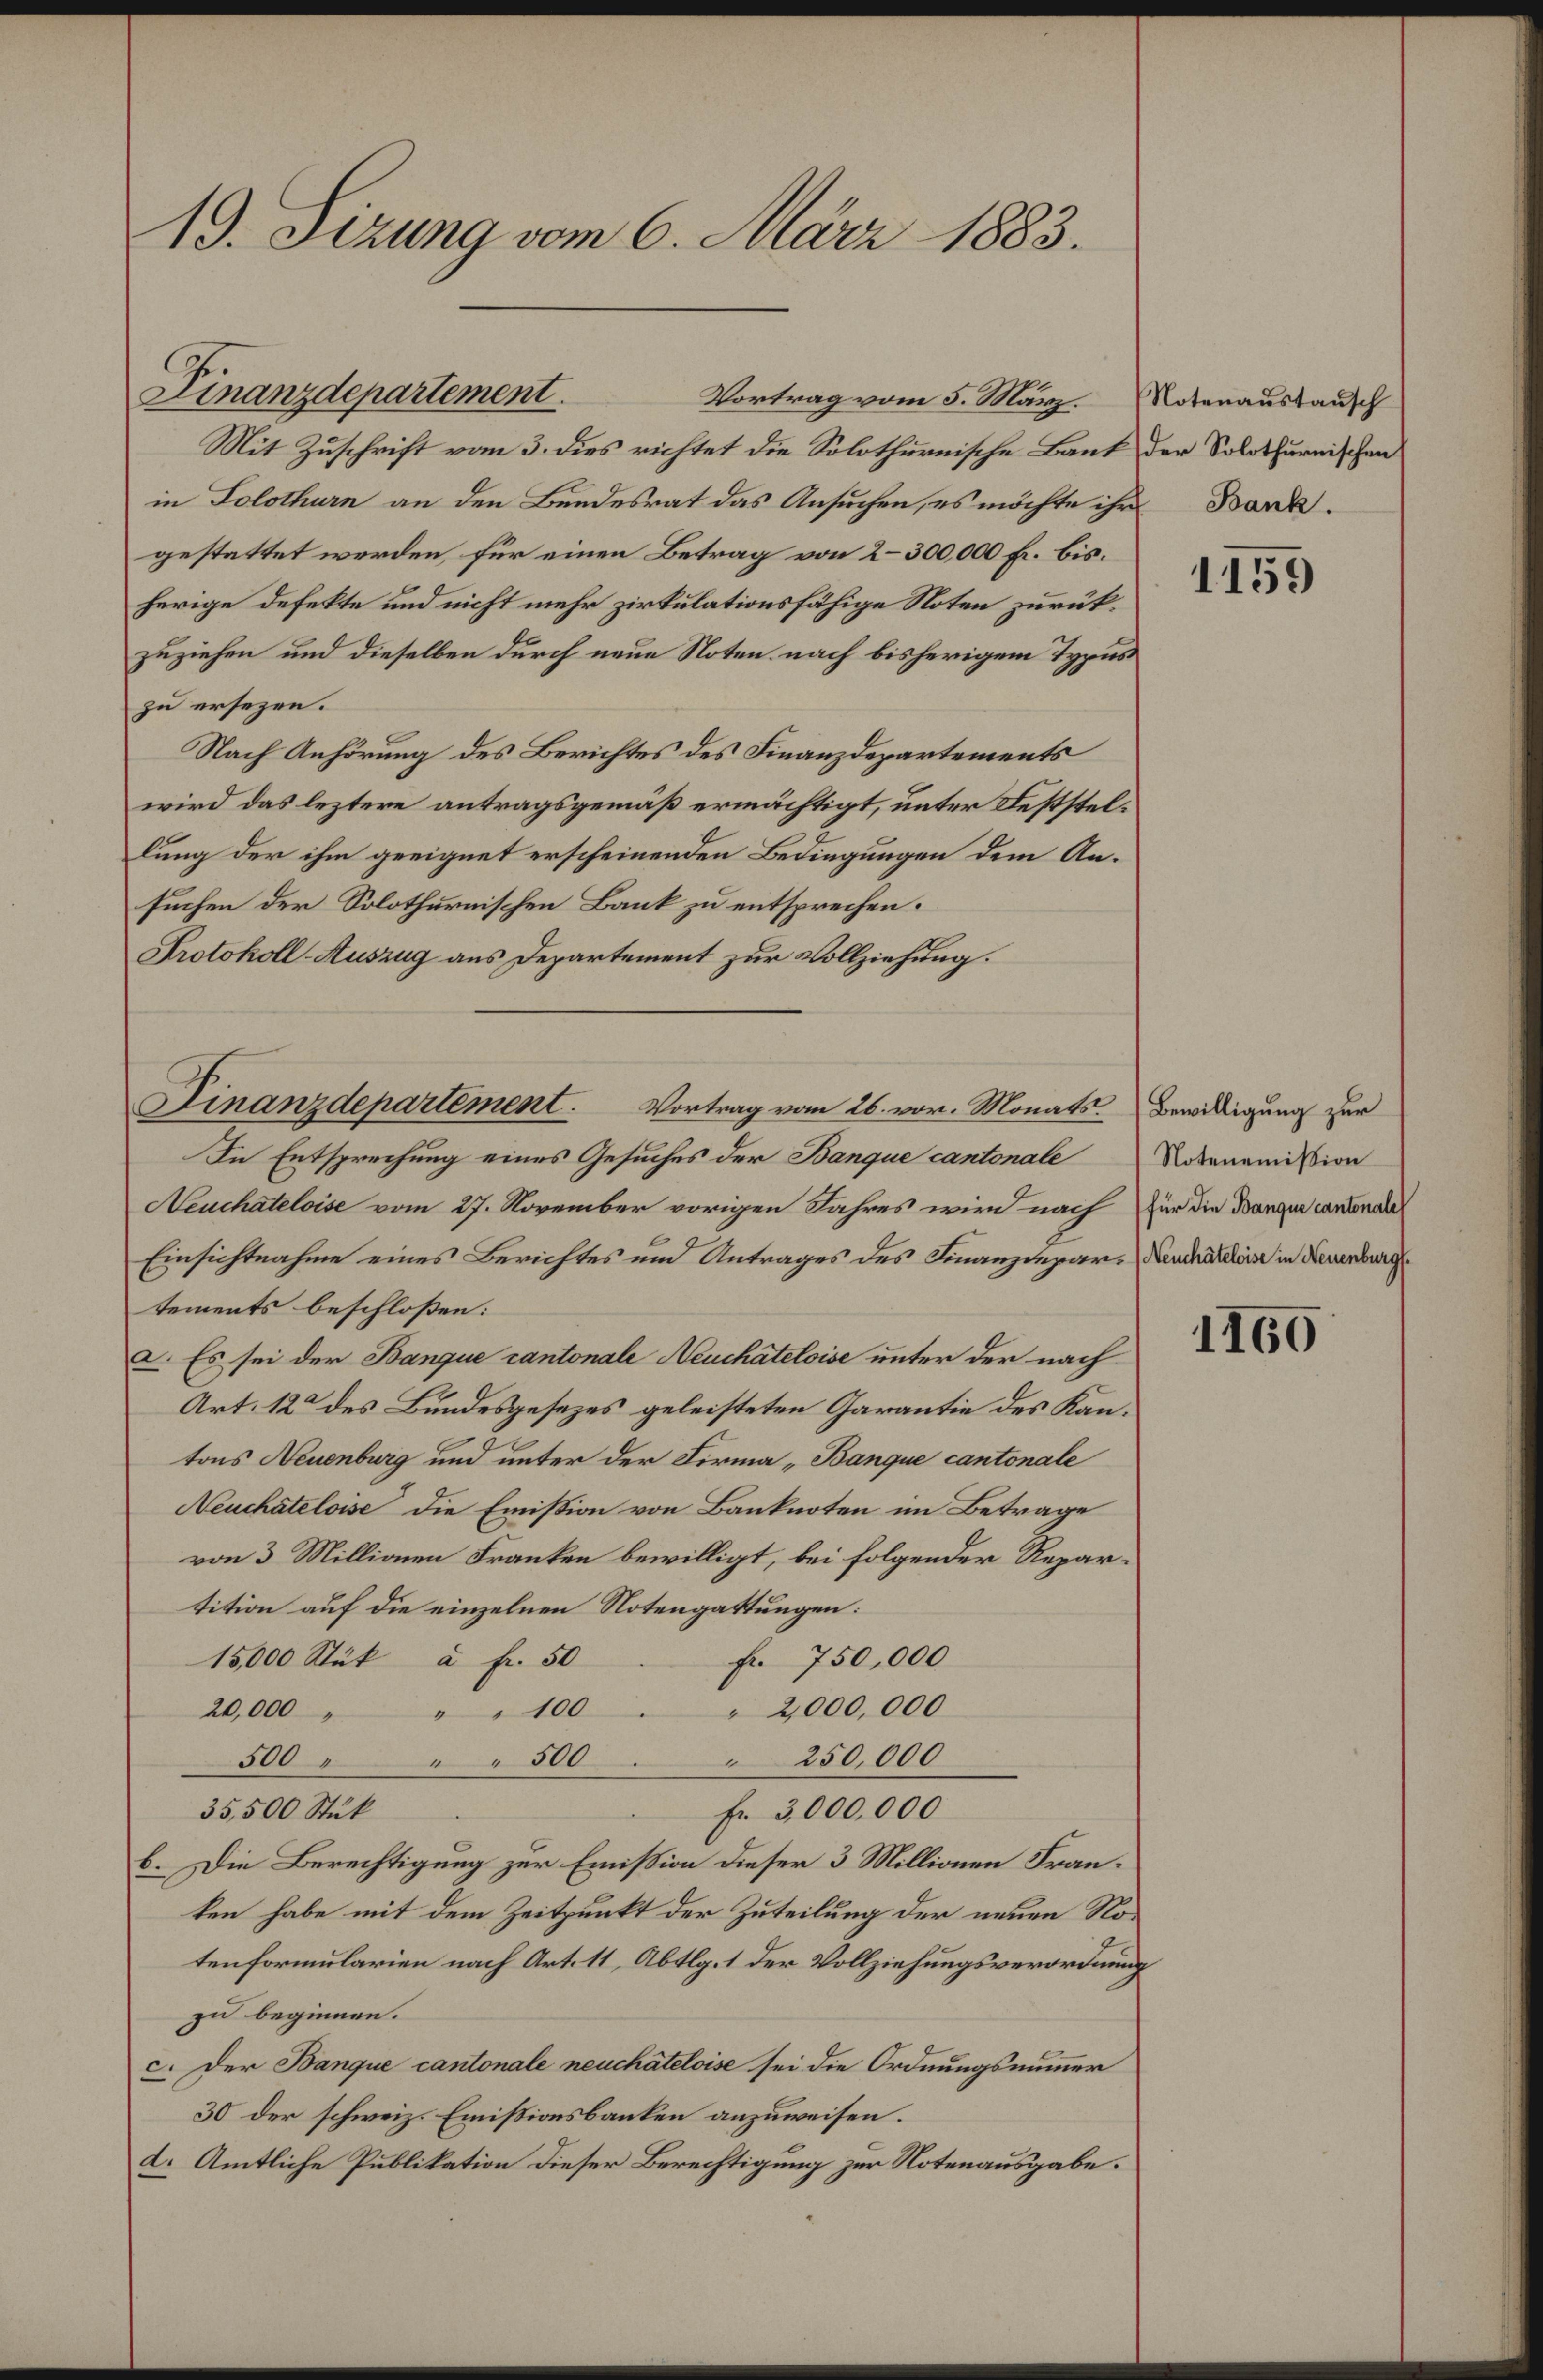
19. Sizung vom 6. März 1883.

Finanzdepartement.

Mit Zuschrift vom 3. dies richtet die Solothurnische Bank der Solothurnischen
in Solothurn an den Bundesrat das Ansuchen, es möchte ihr Bord.
gestattet werden, für einen Betrag von 2–300,000 Fr. bisherige defekte und nicht mehr zirkulationsfähige Noten zurückzuziehen und dieselben durch neue Noten nach bisherigem Typus
zu ersezen.
Nach Anhörung des Berichtes des Finanzdepartements
wird das leztere antragsgemäß ermächtigt, unter Feststellung der ihm geeignet erscheinenden Bedingungen dem Ansuchen der Solothurnischen Bank zu entsprechen.
Protokoll-Auszug aus Departement zur Vollziehung.
In Entsprechung eines Gesuches der Banque cantonale
Neuchateloise vom 27. November vorigen Jahres wird nach für die Banque cantonal
Einsichtnahme eines Berichtes und Antrages des Finanzdepar-Denchaelis in Neuenburg
tements beschloßen:
a. Es sei der Banque cantonale Neuchateloise unter der nach
Art. 12 des Bundesgesezes geleisteten Garantie des Kantons Neuenburg und unter der Firma „Banque cantonale
Neuchâteloise die Emission von Banknoten im Betrage
von 3 Millionen Franken bewilligt, bei folgender Repartition auf die einzelnen Notengattungen:
Fr. 750,000
15,000 Stük à Fr. 50
" 2,000,000
20,000 " " " 100
250,000
500 " " 500
Fr. 3,000,000
35,500 Stük
b. Die Berechtigung zur Emißion dieser 3 Millionen Franken habe mit dem Zeitpunkt der Zuteilung der neuen Notenformularien nach Art. 11, Abtlg. 1 der Vollziehungsverordnung
zu beginnen.
c. Der Banque cantonale neuchâteloise sei die Ordnungsnummer
30 der schweiz. Emissionsbanken anzuweisen.
d. Amtliche Publikation dieser Berechtigung zur Notenausgabe.

Vortrag vom 5. März. Notenaustausch

Finanzdepartement. Vortrag vom 26. vor. Monats Bewilligung zur

1155

Notenemission

1160